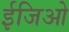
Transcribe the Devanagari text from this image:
ईजिओ